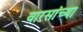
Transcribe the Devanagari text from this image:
वारसांच्या